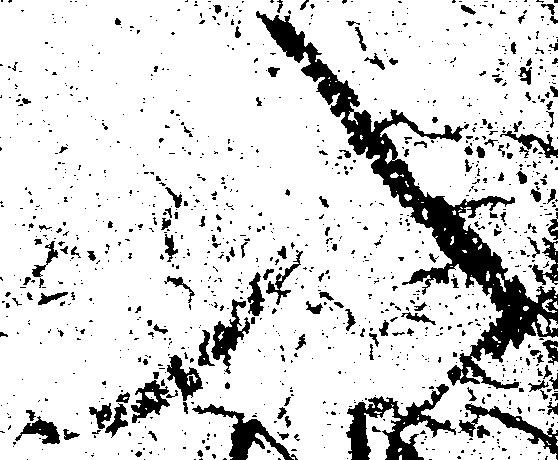
入